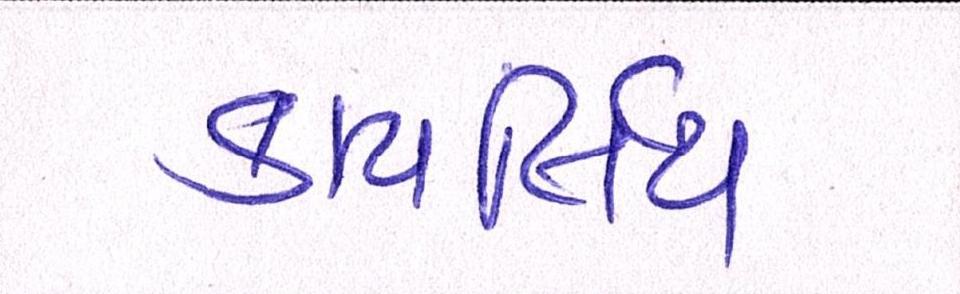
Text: કાયર્લિય